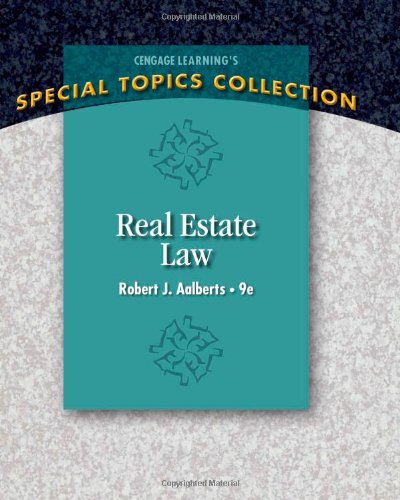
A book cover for Real Estate Law (Real Estate Law (Seidel, George)); Robert J. Aalberts; Business & Money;